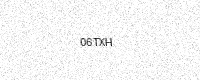
Text: 06TXH